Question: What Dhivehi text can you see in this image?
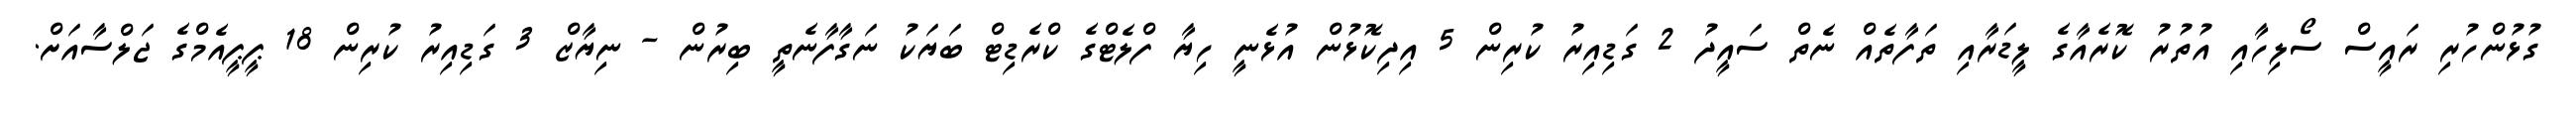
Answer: ގުޅުންހުރި ރައީސް ސޯލިހާއި އުތުރު ކޮރެއާގެ ލީޑަރާއި ތަފާތެއް ނެތް ސައީދު 2 ގަޑިއިރު ކުރިން 5 އިދިކޮޅުން އުޅެނީ ހިޔާ ފްލެޓްގެ ކްރެޑިޓް ބަޔަކު ނަގާފާނެތީ ބިރުން - ނިޔާޒް 3 ގަޑިއިރު ކުރިން 18 ޕީޕީއެމްގެ ޖަލްސާއަށް.